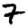
Digit: 7